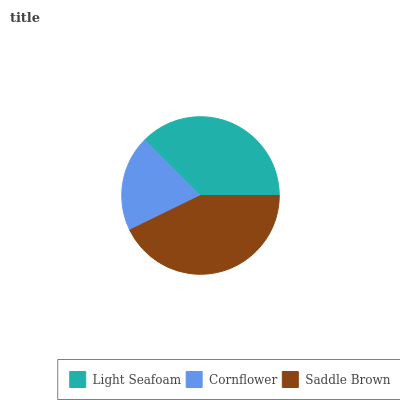
| Light Seafoam | Cornflower | Saddle Brown |
 | --- | --- | --- |
 | 37.5% | 19.7% | 42.8% |